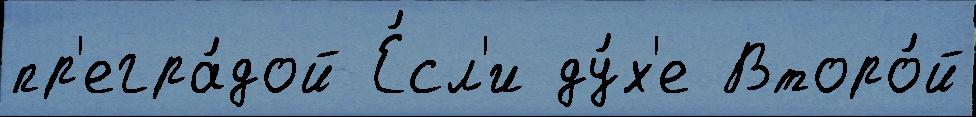
пр'егра́дой Е́сл'и ду́х'е Второ́й